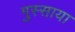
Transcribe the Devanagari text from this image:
गुस्साया